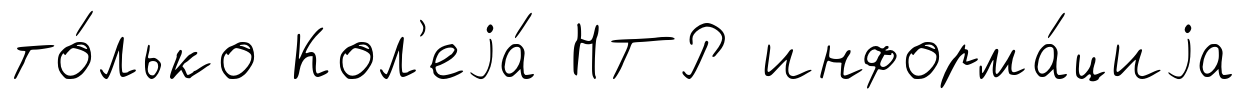
то́лько Кол'еjа́ НТР информа́циjа